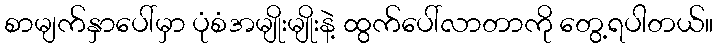
စာမျက်နှာပေါ်မှာ ပုံစံအမျိုးမျိုးနဲ့ ထွက်ပေါ်လာတာကို တွေ့ရပါတယ်။